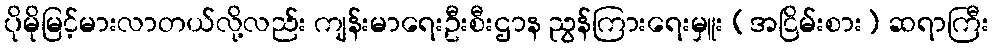
ပိုမိုမြင့်မားလာတယ်လို့လည်း ကျန်းမာရေးဦးစီးဌာန ညွန်ကြားရေးမှူး (အငြိမ်းစား) ဆရာကြီး